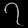
Digit: ၇